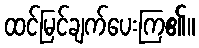
ထင်မြင်ချက်ပေးကြ၏။